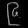
Digit: ၉